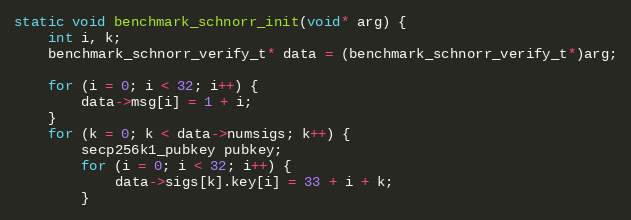
Language: C
static void benchmark_schnorr_init(void* arg) {
    int i, k;
    benchmark_schnorr_verify_t* data = (benchmark_schnorr_verify_t*)arg;

    for (i = 0; i < 32; i++) {
        data->msg[i] = 1 + i;
    }
    for (k = 0; k < data->numsigs; k++) {
        secp256k1_pubkey pubkey;
        for (i = 0; i < 32; i++) {
            data->sigs[k].key[i] = 33 + i + k;
        }